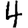
Digit: 4